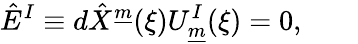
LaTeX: \hat{E}^{I}\equiv d\hat{X}^{\underline{{{m}}}}(\xi)U_{\underline{{{m}}}}^{I}(\xi)=0,\qquad